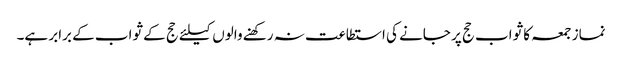
نماز جمعہ کا ثواب حج پر جانے کی استطاعت نہ رکھنے والوں کیلئے حج کے ثواب کے برابر ہے۔